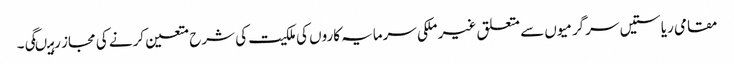
مقامی ریاستیں سرگرمیوں سے متعلق غیر ملکی سرمایہ کاروں کی ملکیت کی شرح متعین کرنے کی مجاز رہیںگی۔